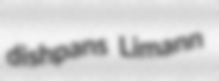
dishpans Limann